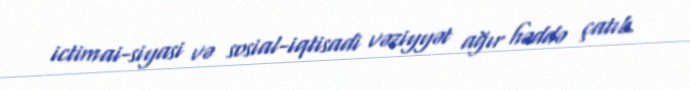
ictimai-siyasi və sosial-iqtisadi vəziyyət ağır həddə çatıb.